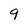
Character: 9